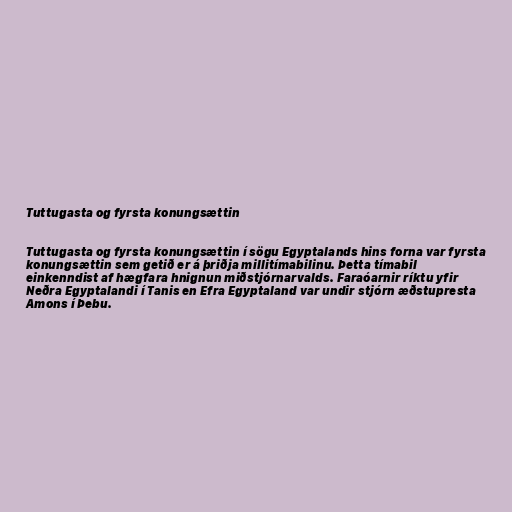
Tuttugasta og fyrsta konungsættin

Tuttugasta og fyrsta konungsættin í sögu Egyptalands hins forna var fyrsta
konungsættin sem getið er á þriðja millitímabilinu. Þetta tímabil
einkenndist af hægfara hnignun miðstjórnarvalds. Faraóarnir ríktu yfir
Neðra Egyptalandi í Tanis en Efra Egyptaland var undir stjórn æðstupresta
Amons í Þebu.